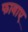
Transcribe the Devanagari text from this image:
फावाए